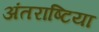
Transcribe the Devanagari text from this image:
अंतराष्टिया